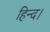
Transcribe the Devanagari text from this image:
हिन्द।